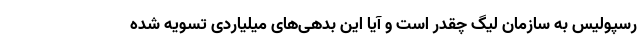
رسپولیس به سازمان لیگ چقدر است و آیا این بدهی‌های میلیاردی تسویه شده